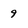
Character: 9